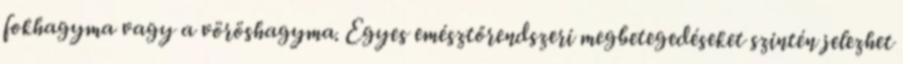
fokhagyma vagy a vöröshagyma. Egyes emésztőrendszeri megbetegedéseket szintén jelezhet